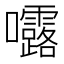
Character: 𭍆